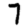
Digit: 7